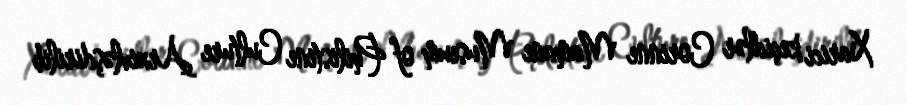
Xarici keçidlər Corinne Mamane Museum of Philistine Culture Arxivləşdirilib